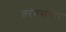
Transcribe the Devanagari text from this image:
तरंगसंचार